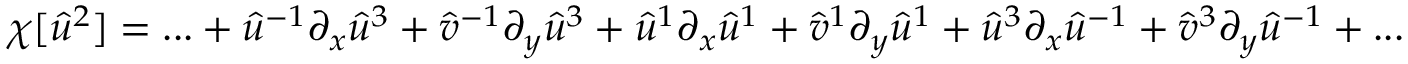
\chi [ \hat { u } ^ { 2 } ] = . . . + \hat { u } ^ { - 1 } \partial _ { x } \hat { u } ^ { 3 } + \hat { v } ^ { - 1 } \partial _ { y } \hat { u } ^ { 3 } + \hat { u } ^ { 1 } \partial _ { x } \hat { u } ^ { 1 } + \hat { v } ^ { 1 } \partial _ { y } \hat { u } ^ { 1 } + \hat { u } ^ { 3 } \partial _ { x } \hat { u } ^ { - 1 } + \hat { v } ^ { 3 } \partial _ { y } \hat { u } ^ { - 1 } + . . .